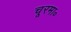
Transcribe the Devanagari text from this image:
चूरमा॰